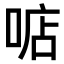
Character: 𠶧